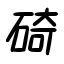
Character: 碕